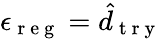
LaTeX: \epsilon_{\mathrm{~r~e~g~}}=\hat{d}_{\mathrm{~t~r~y~}}